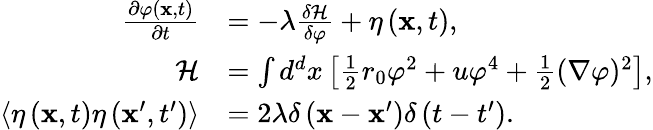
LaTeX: {\begin{array}{rl}{{\frac{\partial\varphi\left(\mathbf{x},t\right)}{\partial t}}}&{=-\lambda{\frac{\delta{\mathcal{H}}}{\delta\varphi}}+\eta\left(\mathbf{x},t\right),}\\ {{\mathcal{H}}}&{=\int d^{d}x\left[{\frac{1}{2}}r_{0}\varphi^{2}+u\varphi^{4}+{\frac{1}{2}}(\nabla\varphi)^{2}\right],}\\ {\left\langle\eta\left(\mathbf{x},t\right)\eta\left(\mathbf{x}^{\prime},t^{\prime}\right)\right\rangle}&{=2\lambda\delta\left(\mathbf{x}-\mathbf{x}^{\prime}\right)\delta\left(t-t^{\prime}\right).}\end{array}}